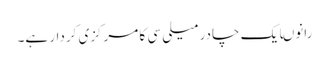
رانوںایک چادر میلی سی کا مرکزی کردار ہے۔